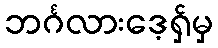
ဘင်္ဂလားဒေ့ရှ်မှ